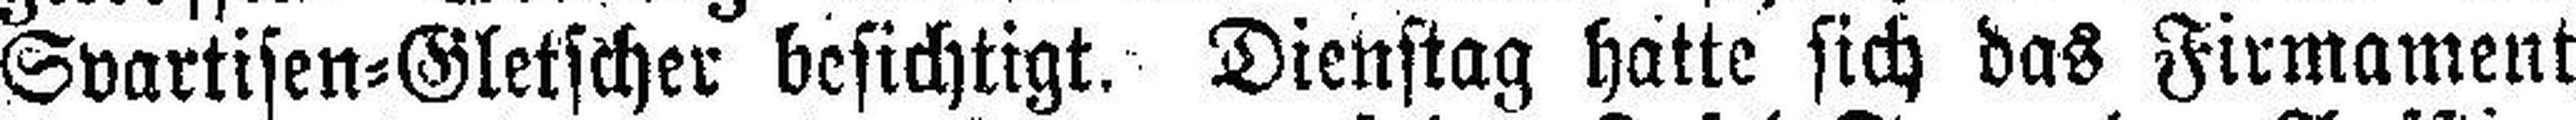
Svartisen=Gletscher besichtigt. Dienstag hatte sich das Firmament